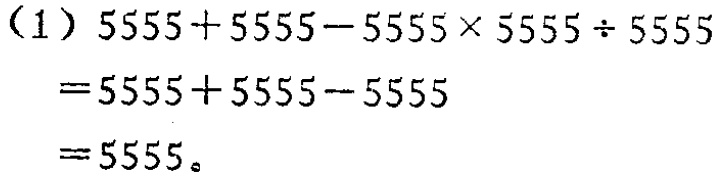
\(

\begin{align*}

&(1)\ 5555 + 5555 - 5555\times5555\div5555\\

=&5555 + 5555 - 5555\\

=&5555。

\end{align*}

\)